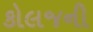
કોલજની